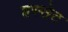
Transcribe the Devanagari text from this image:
हस्सेट